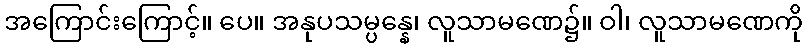
အကြောင်းကြောင့်။ ပေ။ အနုပသမ္ပန္နေ၊ လူသာမဏေ၌။ ဝါ၊ လူသာမဏေကို